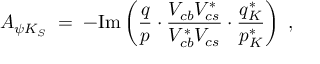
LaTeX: { \cal A } _ { \psi K _ { S } } \; = \; - \mathrm { I m } \left( \frac { q } { p } \cdot \frac { V _ { c b } V _ { c s } ^ { * } } { V _ { c b } ^ { * } V _ { c s } } \cdot \frac { q _ { K } ^ { * } } { p _ { K } ^ { * } } \right) \; ,